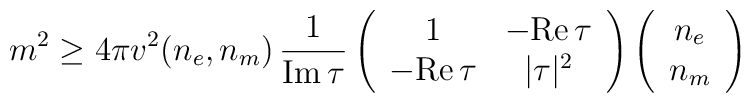
m^{2} \geq 4\pi v^{2} (n_{e},n_{m})  \, \frac{1}{{\rm Im}\, \tau} 	\left(\begin{array}{cc} 1 & -{\rm Re}\, \tau \\ -{\rm Re}\, \tau & 	|\tau|^{2}\end{array} \right) \left(\begin{array}{c} n_{e} \\ n_{m}	\end{array} \right)